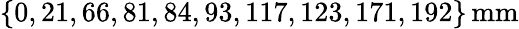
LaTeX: \{ 0,21,66,81,84,93,117,123,171,192\} \, \mathrm{mm}